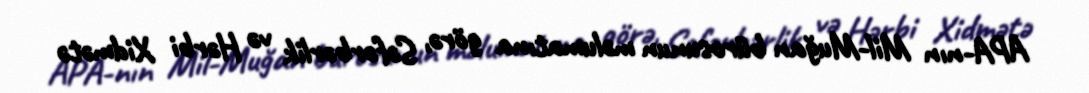
APA-nın Mil-Muğan bürosunun məlumatına görə, Səfərbərlik və Hərbi Xidmətə